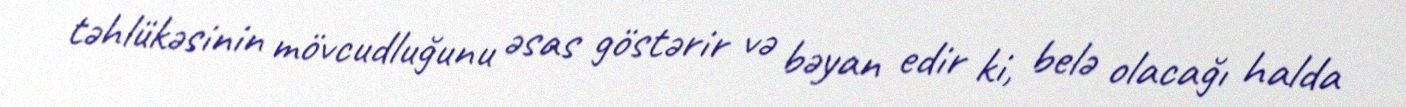
təhlükəsinin mövcudluğunu əsas göstərir və bəyan edir ki, belə olacağı halda